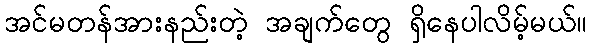
အင်မတန်အားနည်းတဲ့ အချက်တွေ ရှိနေပါလိမ့်မယ်။